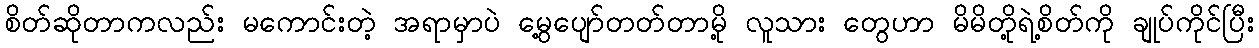
စိတ်ဆိုတာကလည်း မကောင်းတဲ့ အရာမှာပဲ မွေ့ပျော်တတ်တာမို့ လူသား တွေဟာ မိမိတို့ရဲ့စိတ်ကို ချုပ်ကိုင်ပြီး